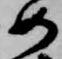
如